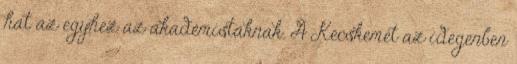
hat az egyhez az akadémistáknak. A Kecskemét az idegenben